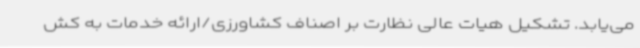
می‌یابد. تشکیل هیات عالی نظارت بر اصناف کشاورزی/ارائه خدمات به کش